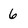
Character: 6